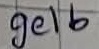
Text: gelb